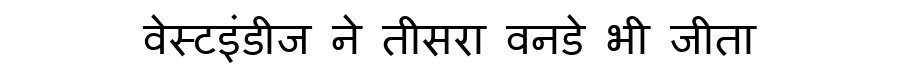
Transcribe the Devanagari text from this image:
वेस्टइंडीज ने तीसरा वनडे भी जीता